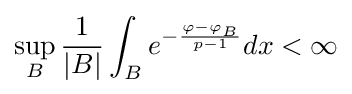
\sup _{B}{\frac {1}{|B|}}\int _{B}e^{-{\frac {\varphi -\varphi _{B}}{p-1}}}dx<\infty